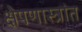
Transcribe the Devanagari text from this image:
क्षेपणास्त्रांत